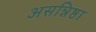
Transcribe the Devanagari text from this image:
असन्निष्ठा